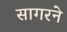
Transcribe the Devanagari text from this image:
सागरने